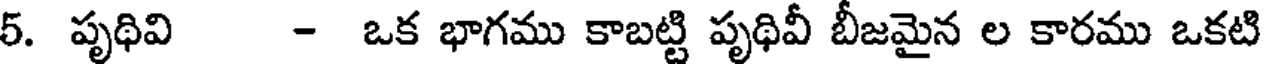
5. పృథివి - ఒక భాగము కాబట్టి పృథివీ బీజమైన ల కారము ఒకటి